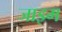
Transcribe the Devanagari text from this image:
जाइम